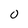
Character: 0